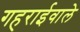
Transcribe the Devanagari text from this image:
गहराईवाले